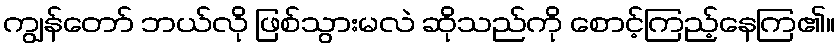
ကျွန်တော် ဘယ်လို ဖြစ်သွားမလဲ ဆိုသည်ကို စောင့်ကြည့်နေကြ၏။